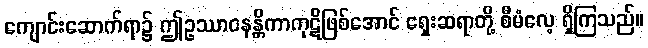
ကျောင်းဆောက်ရာ၌ ဤဥဿာဝနန္တိကာကုဋိဖြစ်အောင် ရှေးဆရာတို့ စီမံလေ့ ရှိကြသည်။